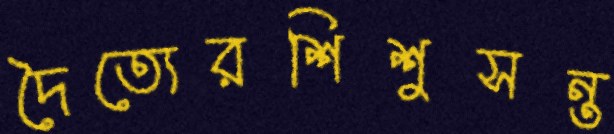
দৈত্যেরশিশুসন্ত